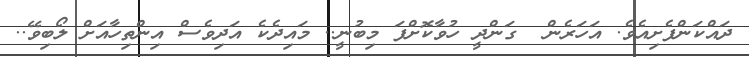
ދައްކަންފެށިއެވެ. އަހަރެން  ގަންދީ ހުވާކޮށްފަ މިބުނީ.. މައިދެކެ އަދިވެސް އިންތިހާއަށް ލޯބިވޭ..